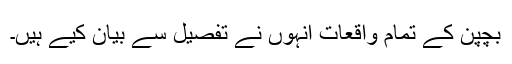
بچپن کے تمام واقعات انہوں نے تفصیل سے بیان کیے ہیں۔